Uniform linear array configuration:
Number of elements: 16
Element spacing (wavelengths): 0.25
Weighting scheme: exponential
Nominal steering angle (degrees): -15
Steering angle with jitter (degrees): -16.319
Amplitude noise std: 0.05
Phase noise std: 0.05

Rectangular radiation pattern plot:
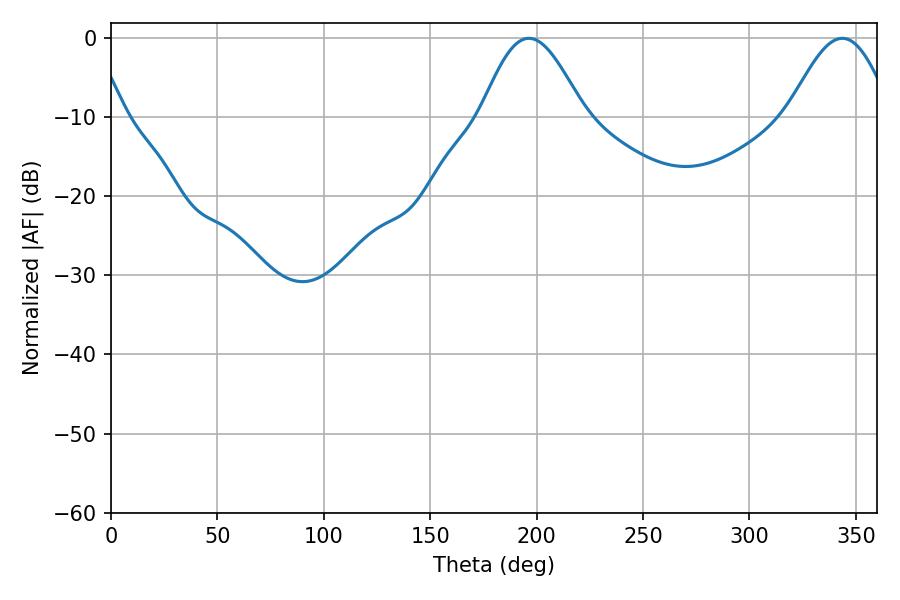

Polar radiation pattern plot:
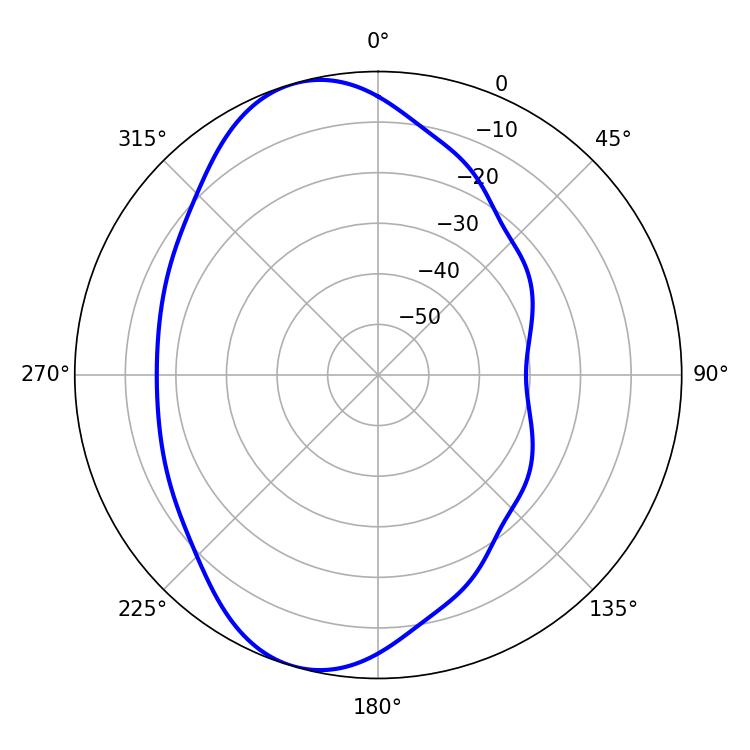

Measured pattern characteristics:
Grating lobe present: FALSE
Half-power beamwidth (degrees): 25.74
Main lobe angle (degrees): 196.38